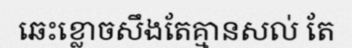
ឆេះខ្លោចសឹងតែគ្មានសល់ តែ